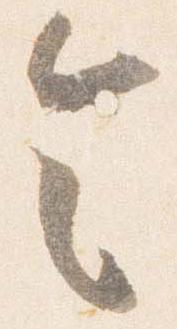
令